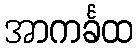
အာကင်္ခထ